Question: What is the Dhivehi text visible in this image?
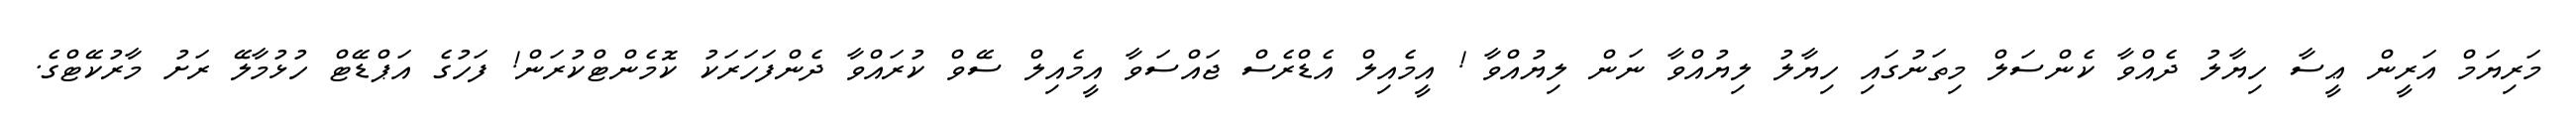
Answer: މަރިޔަމް އަރީން ޢީސާ ހިޔާލު ދެއްވާ ކެންސަލް މިތަނުގައި ހިޔާލު ލިޔުއްވާ ނަން ލިޔުއްވާ ! އީމެއިލް އެޑްރެސް ޖައްސަވާ އީމެއިލް ސޭވް ކުރައްވާ ދެންފަހަރަކު ކޮމެންޓްކުރަން! ފަހުގެ އަޕްޑޭޓް ހުޅުމާލޭ ރަށު މާރުކޭޓްގެ.